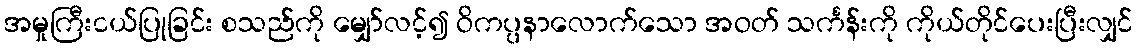
အမှုကြီးငယ်ပြုခြင်း စသည်ကို မျှော်လင့်၍ ဝိကပ္ပနာလောက်သော အဝတ် သင်္ကန်းကို ကိုယ်တိုင်ပေးပြီးလျှင်